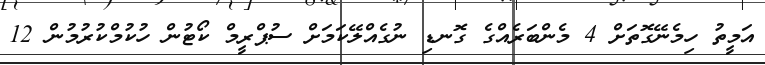
އަމީތު ހިމެނޭގޮތަށް 4 މެންބަރެއްގެ ގޮނޑި ނުގެއްލޭކަމަށް ސުޕްރީމް ކޯޓުން ހުކުމްކުރުމުން 12